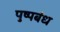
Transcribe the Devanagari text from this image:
पुष्पबंध